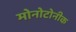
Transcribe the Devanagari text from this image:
मोनोटोनीक